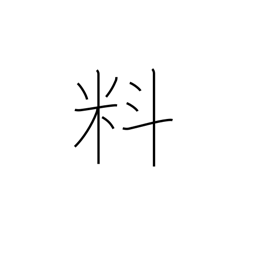
Meaning: materials